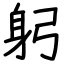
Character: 躬